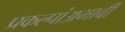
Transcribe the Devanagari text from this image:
प्रकल्पांअभावी